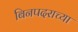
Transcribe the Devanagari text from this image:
बिनपदराच्या